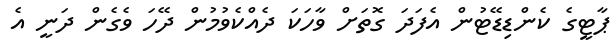
ޕާޓީގެ ކެންޑިޑޭޓުން އެފަދަ ގޮތަށް ވާހަކަ ދެއްކެވުމުން ދޭހަ ވެގެން ދަނީ އެ